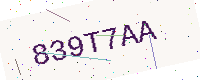
Text: 839T7AA